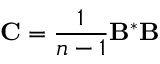
\mathbf { C } = { \frac { 1 } { n - 1 } } \mathbf { B } ^ { * } \mathbf { B }